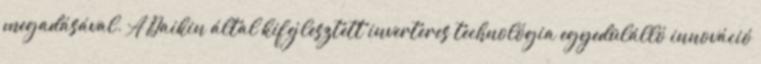
megadásával. A Daikin által kifejlesztett inverteres technológia egyedülálló innováció